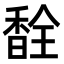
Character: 𫗽